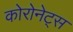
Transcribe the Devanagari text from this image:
कोरोनेट्स